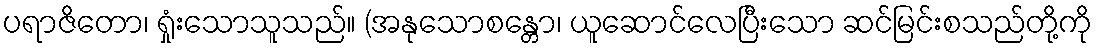
ပရာဇိတော၊ ရှုံးသောသူသည်။ (အနုသောစန္တော၊ ယူဆောင်လေပြီးသော ဆင်မြင်းစသည်တို့ကို